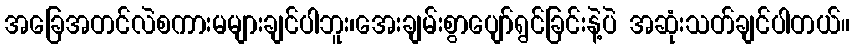
အခြေအတင်လဲစကားမများချင်ပါဘူး၊အေးချမ်းစွာပျော်ရွင်ခြင်းနဲ့ပဲ အဆုံးသတ်ချင်ပါတယ်။